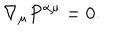
\nabla _ { \mu } P ^ { \alpha \mu } = 0 .